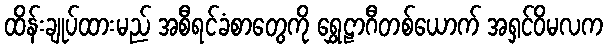
ထိန်းချုပ်ထားမည် အစီရင်ခံစာတွေကို ရွှေဠာဂီတစ်ယောက် အရှင်ဝိမလက